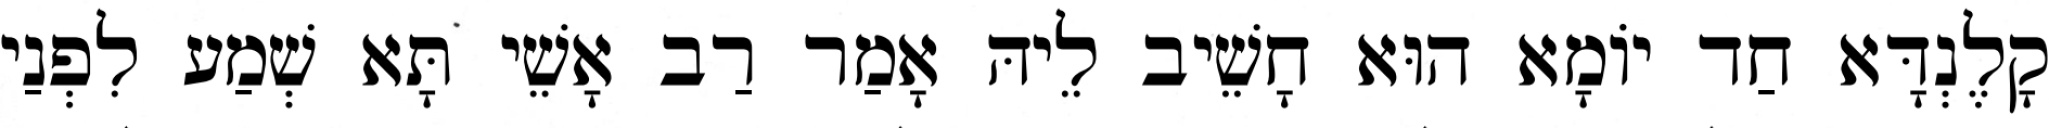
קָלֶנְדָּא חַד יוֹמָא הוּא חָשֵׁיב לֵיהּ אָמַר רַב אָשֵׁי תָּא שְׁמַע לִפְנַי